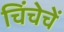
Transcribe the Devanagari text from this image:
चिंचेचें